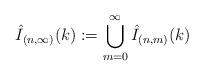
LaTeX: \begin{align*} \hat{I}_{(n,\infty)}(k):=\bigcup_{m=0}^{\infty}\hat{I}_{(n,m)}(k)\end{align*}